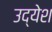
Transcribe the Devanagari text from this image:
उद्येश